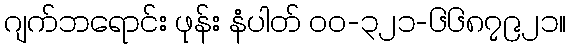
ဂျက်ဘရောင်း ဖုန်း နံပါတ် ဝဝ-၃၂၁-၆၆၈၇၉၂၁။